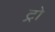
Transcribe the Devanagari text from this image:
ट्रो